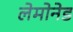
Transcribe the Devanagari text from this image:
लेमोनेड